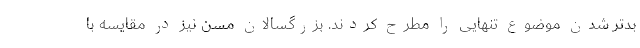
بدتر شدن موضوع تنهایی را مطرح کردند. بزرگسالان مسن نیز در مقایسه با